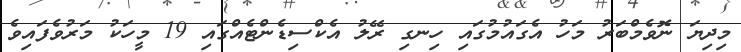
މިދިޔަ ނޮވެމްބަރު މަހު އެގައުމުގައި ހިނގި ރޭލު އެކްސިޑެންޓެއްގައި 19 މީހަކު މަރުވެފައިވެ